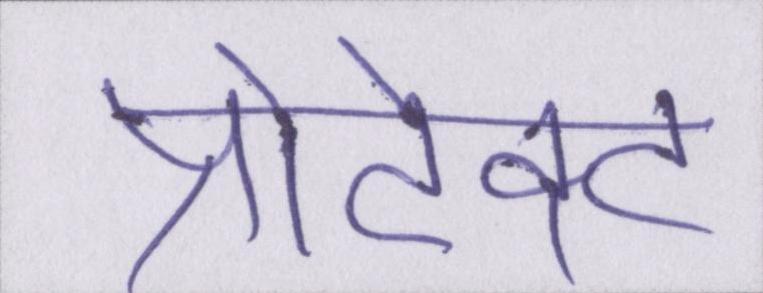
प्रोटेक्ट